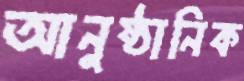
আনুষ্ঠানিক